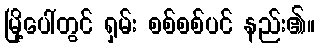
မြို့ပေါ်တွင် ရှမ်း စစ်စစ်ပင် နည်း၏။